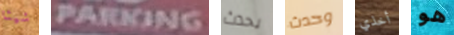
شيئا PARKING يحدث وحدث أخذي هو